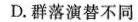
D. 群落演替不同